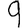
Digit: 9